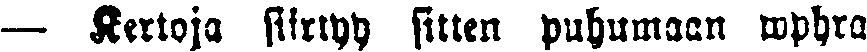
— Kertoja siirtyy sitten puhumaan wphra